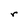
Character: r